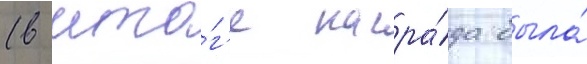
(в ито́г'е награ́да была́